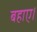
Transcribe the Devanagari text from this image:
बहाए।